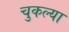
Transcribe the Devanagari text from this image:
चुकल्या